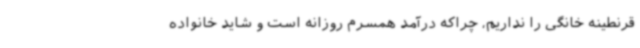
قرنطینه خانگی را نداریم، چراکه درآمد همسرم روزانه است و شاید خانواده